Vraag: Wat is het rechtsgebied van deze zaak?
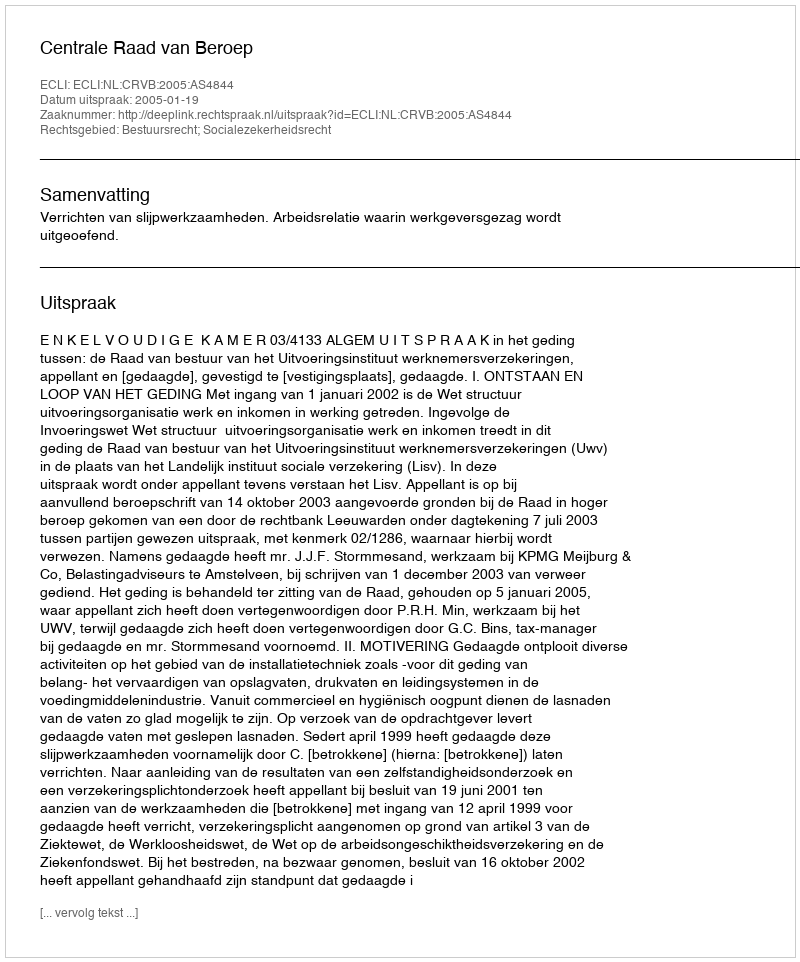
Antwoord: Bestuursrecht; Socialezekerheidsrecht